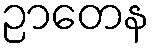
ဉာတေန